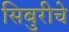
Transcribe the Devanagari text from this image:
सिबुरीचे